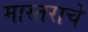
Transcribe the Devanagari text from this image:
मास्तराचे